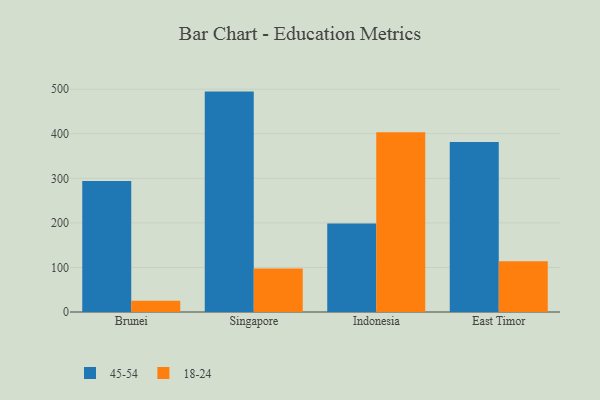
{"axis": {"x": "Country", "y": "Production Output"}, "legend": ["18-24", "45-54"], "data": [{"x": "Brunei", "y": 294.0, "type": "45-54"}, {"x": "Brunei", "y": 25.1, "type": "18-24"}, {"x": "Singapore", "y": 494.6, "type": "45-54"}, {"x": "Singapore", "y": 97.4, "type": "18-24"}, {"x": "Indonesia", "y": 198.5, "type": "45-54"}, {"x": "Indonesia", "y": 403.6, "type": "18-24"}, {"x": "East Timor", "y": 381.6, "type": "45-54"}, {"x": "East Timor", "y": 113.8, "type": "18-24"}]}